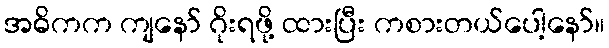
အဓိကက ကျနော် ဂိုးရဖို့ ထားပြီး ကစားတယ်ပေါ့နော်။